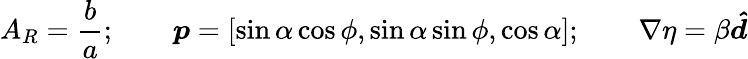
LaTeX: A_{R}=\frac{b}{a};\qquad\boldsymbol{p}=[\sin\alpha\cos\phi,\sin\alpha\sin\phi,\cos\alpha];\qquad\nabla\eta=\beta\boldsymbol{\hat{d}}